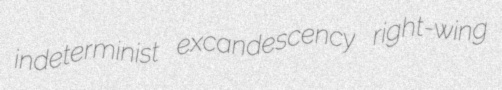
indeterminist excandescency right-wing